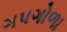
ગપગોળા